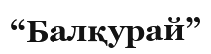
“Балқурай”